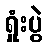
ရှုံးပွဲ